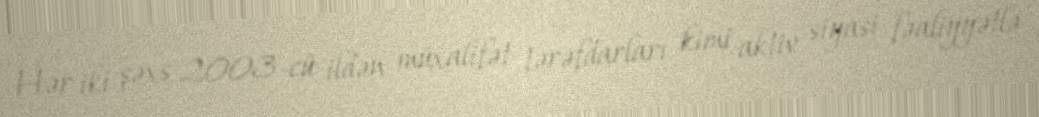
Hər iki şəxs 2003-cü ildən müxalifət tərəfdarları kimi aktiv siyasi fəaliyyətlə